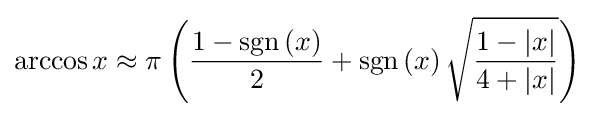
\arccos x\approx \pi \left({\frac {1-\operatorname {sgn} \left(x\right)}{2}}+\operatorname {sgn} \left(x\right){\sqrt {\frac {1-\left|x\right|}{4+\left|x\right|}}}\right)